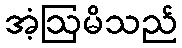
အံ့ဩမိသည်